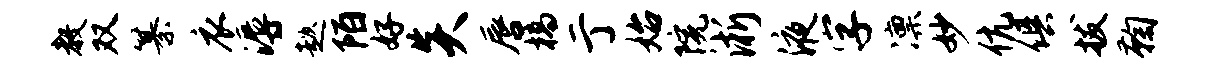
教双纂衣溽趑陌好炎唇槁亍始院淅液字凛妙伉俱拔鞠